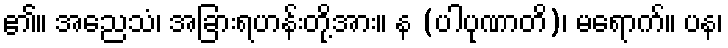
၏။ အညေသံ၊ အခြားရဟန်းတို့အား။ န (ပါပုဏာတိ)၊ မရောက်။ ပန၊